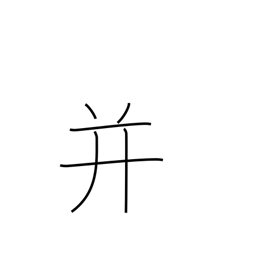
Meaning: put together